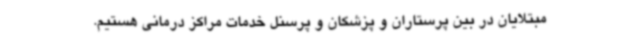
مبتلایان در بین پرستاران و پزشکان و پرسنل خدمات مراکز درمانی هستیم.